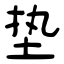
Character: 垫